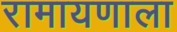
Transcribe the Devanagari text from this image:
रामायणाला